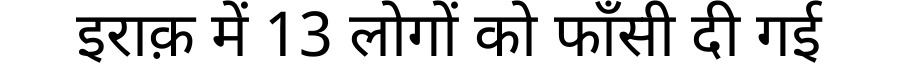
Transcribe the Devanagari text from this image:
इराक़ में 13 लोगों को फाँसी दी गई